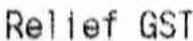
RELIEF GST